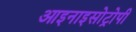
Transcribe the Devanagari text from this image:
आइनाइसोट्रोपी